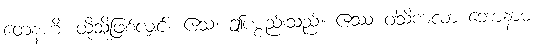
တေနဟိ၊ ထိုသို့ဖြစ်လျှင်။ ဧသ၊ ဤပစ္စည်းသည်။ ဧဿ ဝါသိကလာ ဘောနာမ၊